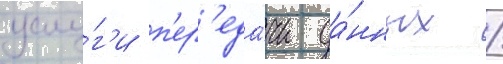
услу́г'и п'ер'еда́чи да́нных /